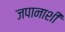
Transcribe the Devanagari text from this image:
जपानाशी